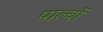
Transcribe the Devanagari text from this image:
पाल्यों